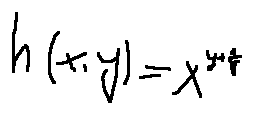
h ( x , y ) = x ^ { y + \frac { 1 } { y } }